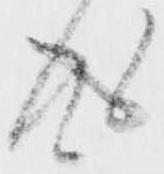
成